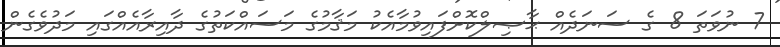
7 ނުވަތަ 8 ގެ ސަނަދެއް ޙާޞިލްކޮށްފައިވުމާއެކު މަޤާމުގެ މަސައްކަތުގެ ދާއިރާއެއްގައި މަދުވެގެން